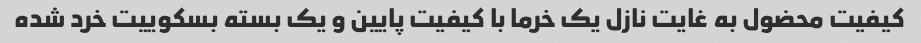
کیفیت محضول به غایت نازل یک خرما با کیفیت پایین و یک بسته بسکوییت خرد شده